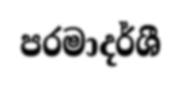
පරමාදර්ශී